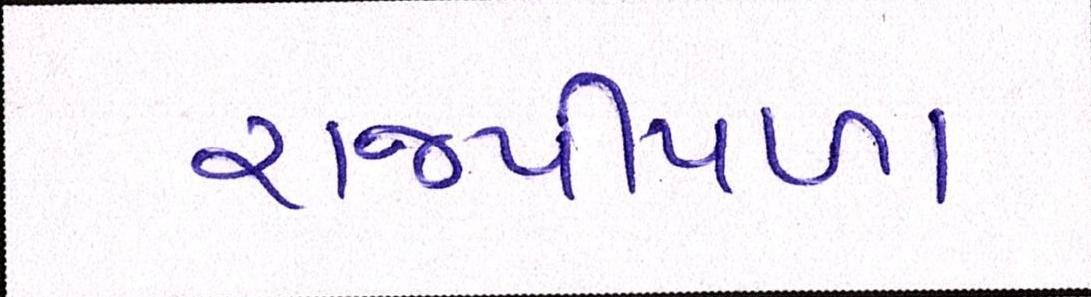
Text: રાજપીપળા